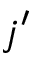
j ^ { \prime }